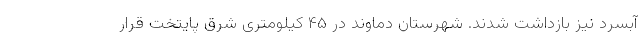
آبسرد نیز بازداشت شدند. شهرستان دماوند در ۴۵ کیلومتری شرق پایتخت قرار